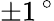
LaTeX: \pm 1\, ^{\circ}